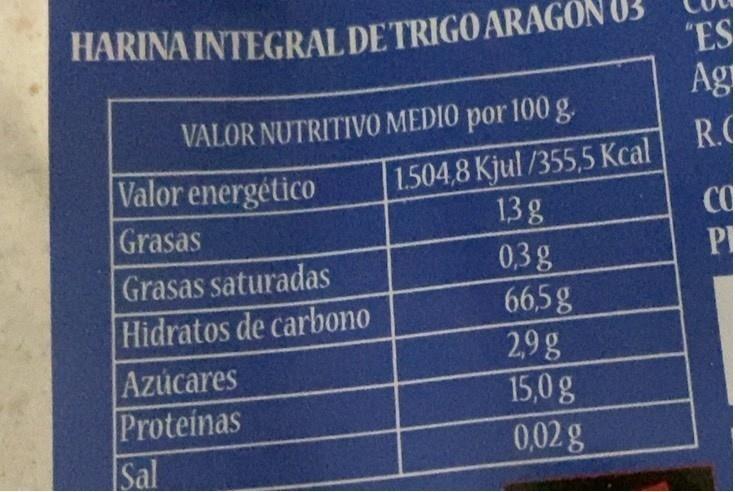
HARINA INTEGRAL DE TRIGO ARAGON
VALOR NUTRITIVO MEDIO por 100 g.
Valor energético
Grasas
Grasas saturadas
Hidratos de carbono
Azúcares
Proteinas
Sal
1.504,8 Kjul /355,5 Kcal 13 g
0,3 g
66,5g
2,9g
15,0 g
0,02 g
"ES
Ag
R.C
CO
P